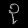
Digit: ၃